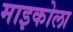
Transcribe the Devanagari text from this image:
माइकोला